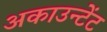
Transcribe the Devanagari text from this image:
अकाउन्टेंट